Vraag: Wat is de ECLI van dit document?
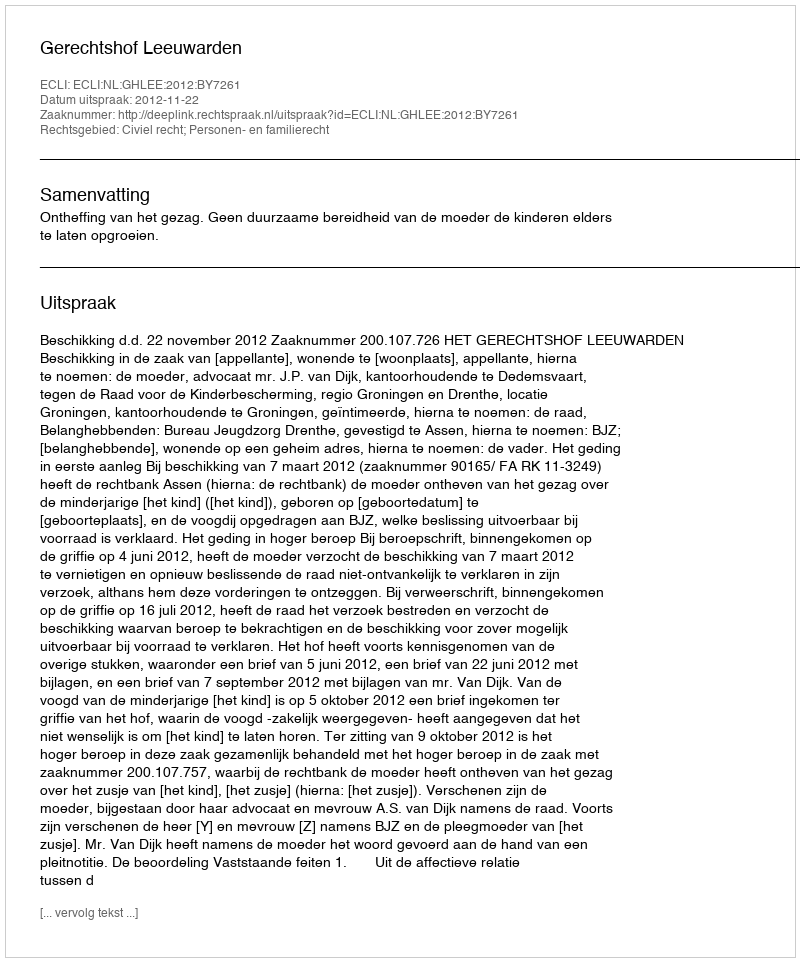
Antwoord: ECLI:NL:GHLEE:2012:BY7261